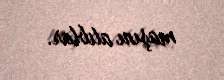
maşını alıblar.